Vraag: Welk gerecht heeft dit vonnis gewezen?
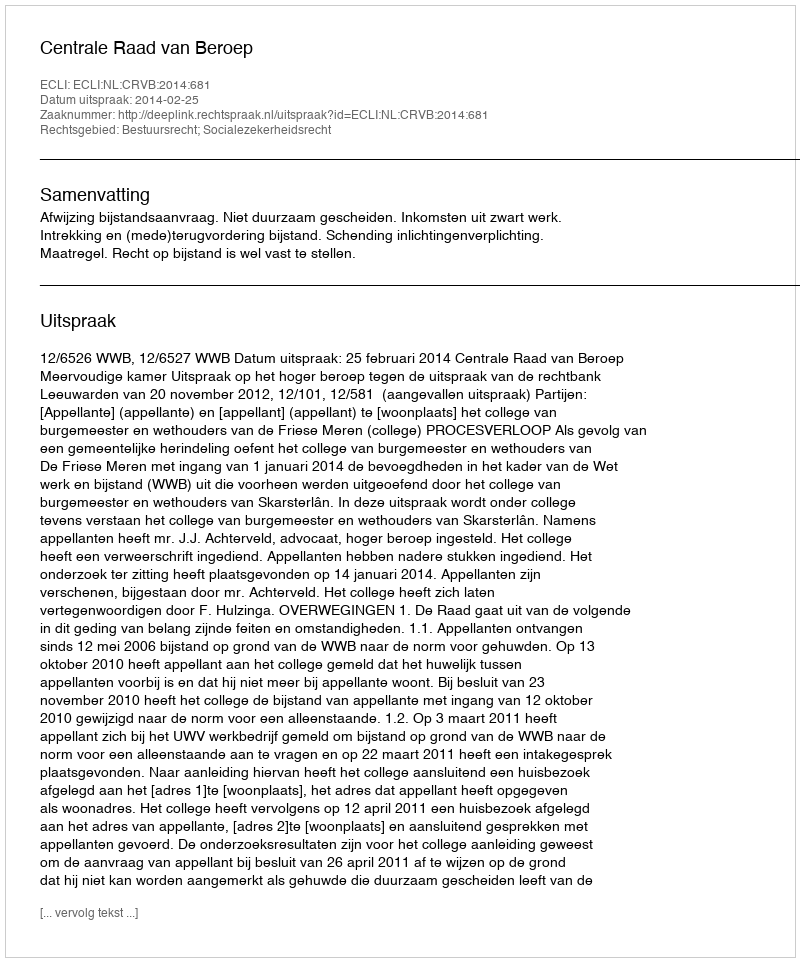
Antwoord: Centrale Raad van Beroep